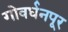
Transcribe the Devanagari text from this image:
गोवर्धनपूर